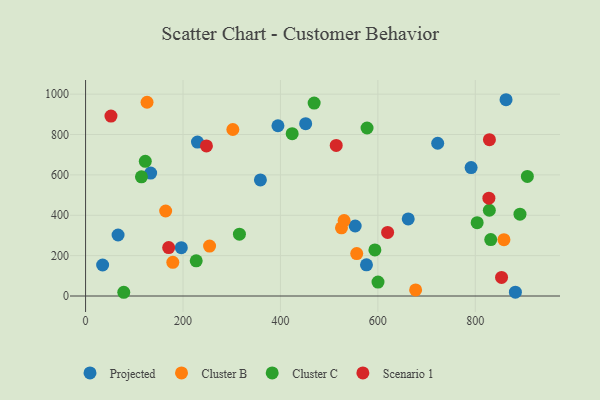
{"axis": {"x": "Engine Size", "y": "Sales"}, "legend": ["Cluster B", "Cluster C", "Projected", "Scenario 1"], "data": [{"x": "451.8", "y": 853.9, "type": "Projected"}, {"x": "576.6", "y": 154.5, "type": "Projected"}, {"x": "863.1", "y": 972.3, "type": "Projected"}, {"x": "229.7", "y": 762.5, "type": "Projected"}, {"x": "722.8", "y": 756.6, "type": "Projected"}, {"x": "66.7", "y": 302.3, "type": "Projected"}, {"x": "553.4", "y": 346.7, "type": "Projected"}, {"x": "662.3", "y": 381.8, "type": "Projected"}, {"x": "394.9", "y": 843.5, "type": "Projected"}, {"x": "791.4", "y": 636.0, "type": "Projected"}, {"x": "196.5", "y": 239.6, "type": "Projected"}, {"x": "882.3", "y": 18.9, "type": "Projected"}, {"x": "35.0", "y": 153.6, "type": "Projected"}, {"x": "133.6", "y": 608.9, "type": "Projected"}, {"x": "358.9", "y": 575.2, "type": "Projected"}, {"x": "164.4", "y": 421.1, "type": "Cluster B"}, {"x": "525.3", "y": 337.8, "type": "Cluster B"}, {"x": "556.6", "y": 210.0, "type": "Cluster B"}, {"x": "126.2", "y": 959.8, "type": "Cluster B"}, {"x": "302.3", "y": 824.8, "type": "Cluster B"}, {"x": "254.5", "y": 247.4, "type": "Cluster B"}, {"x": "858.8", "y": 279.3, "type": "Cluster B"}, {"x": "530.7", "y": 373.8, "type": "Cluster B"}, {"x": "677.5", "y": 29.9, "type": "Cluster B"}, {"x": "179.1", "y": 167.0, "type": "Cluster B"}, {"x": "891.7", "y": 405.6, "type": "Cluster C"}, {"x": "78.4", "y": 18.5, "type": "Cluster C"}, {"x": "906.9", "y": 592.2, "type": "Cluster C"}, {"x": "122.6", "y": 667.0, "type": "Cluster C"}, {"x": "803.8", "y": 363.4, "type": "Cluster C"}, {"x": "469.2", "y": 955.7, "type": "Cluster C"}, {"x": "114.7", "y": 590.6, "type": "Cluster C"}, {"x": "315.8", "y": 306.2, "type": "Cluster C"}, {"x": "227.1", "y": 174.2, "type": "Cluster C"}, {"x": "424.1", "y": 803.9, "type": "Cluster C"}, {"x": "831.7", "y": 279.6, "type": "Cluster C"}, {"x": "600.3", "y": 69.0, "type": "Cluster C"}, {"x": "593.9", "y": 228.4, "type": "Cluster C"}, {"x": "828.8", "y": 424.8, "type": "Cluster C"}, {"x": "577.8", "y": 832.3, "type": "Cluster C"}, {"x": "170.6", "y": 239.8, "type": "Scenario 1"}, {"x": "827.9", "y": 484.7, "type": "Scenario 1"}, {"x": "620.0", "y": 315.1, "type": "Scenario 1"}, {"x": "829.0", "y": 774.6, "type": "Scenario 1"}, {"x": "52.1", "y": 891.4, "type": "Scenario 1"}, {"x": "248.1", "y": 743.6, "type": "Scenario 1"}, {"x": "514.5", "y": 746.0, "type": "Scenario 1"}, {"x": "853.9", "y": 91.9, "type": "Scenario 1"}]}